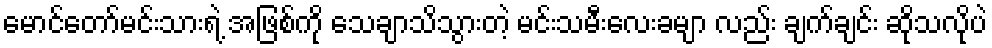
မောင်တော်မင်းသားရဲ့ အဖြစ်ကို သေချာသိသွားတဲ့ မင်းသမီးလေးခမျာ လည်း ချက်ချင်း ဆိုသလိုပဲ